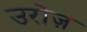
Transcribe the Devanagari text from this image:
उरोज़